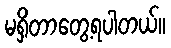
မရှိတာတွေ့ရပါတယ်။